65_HS1-834228961_62-HQ-83894_Section_5
Agency: FBI
Page 170
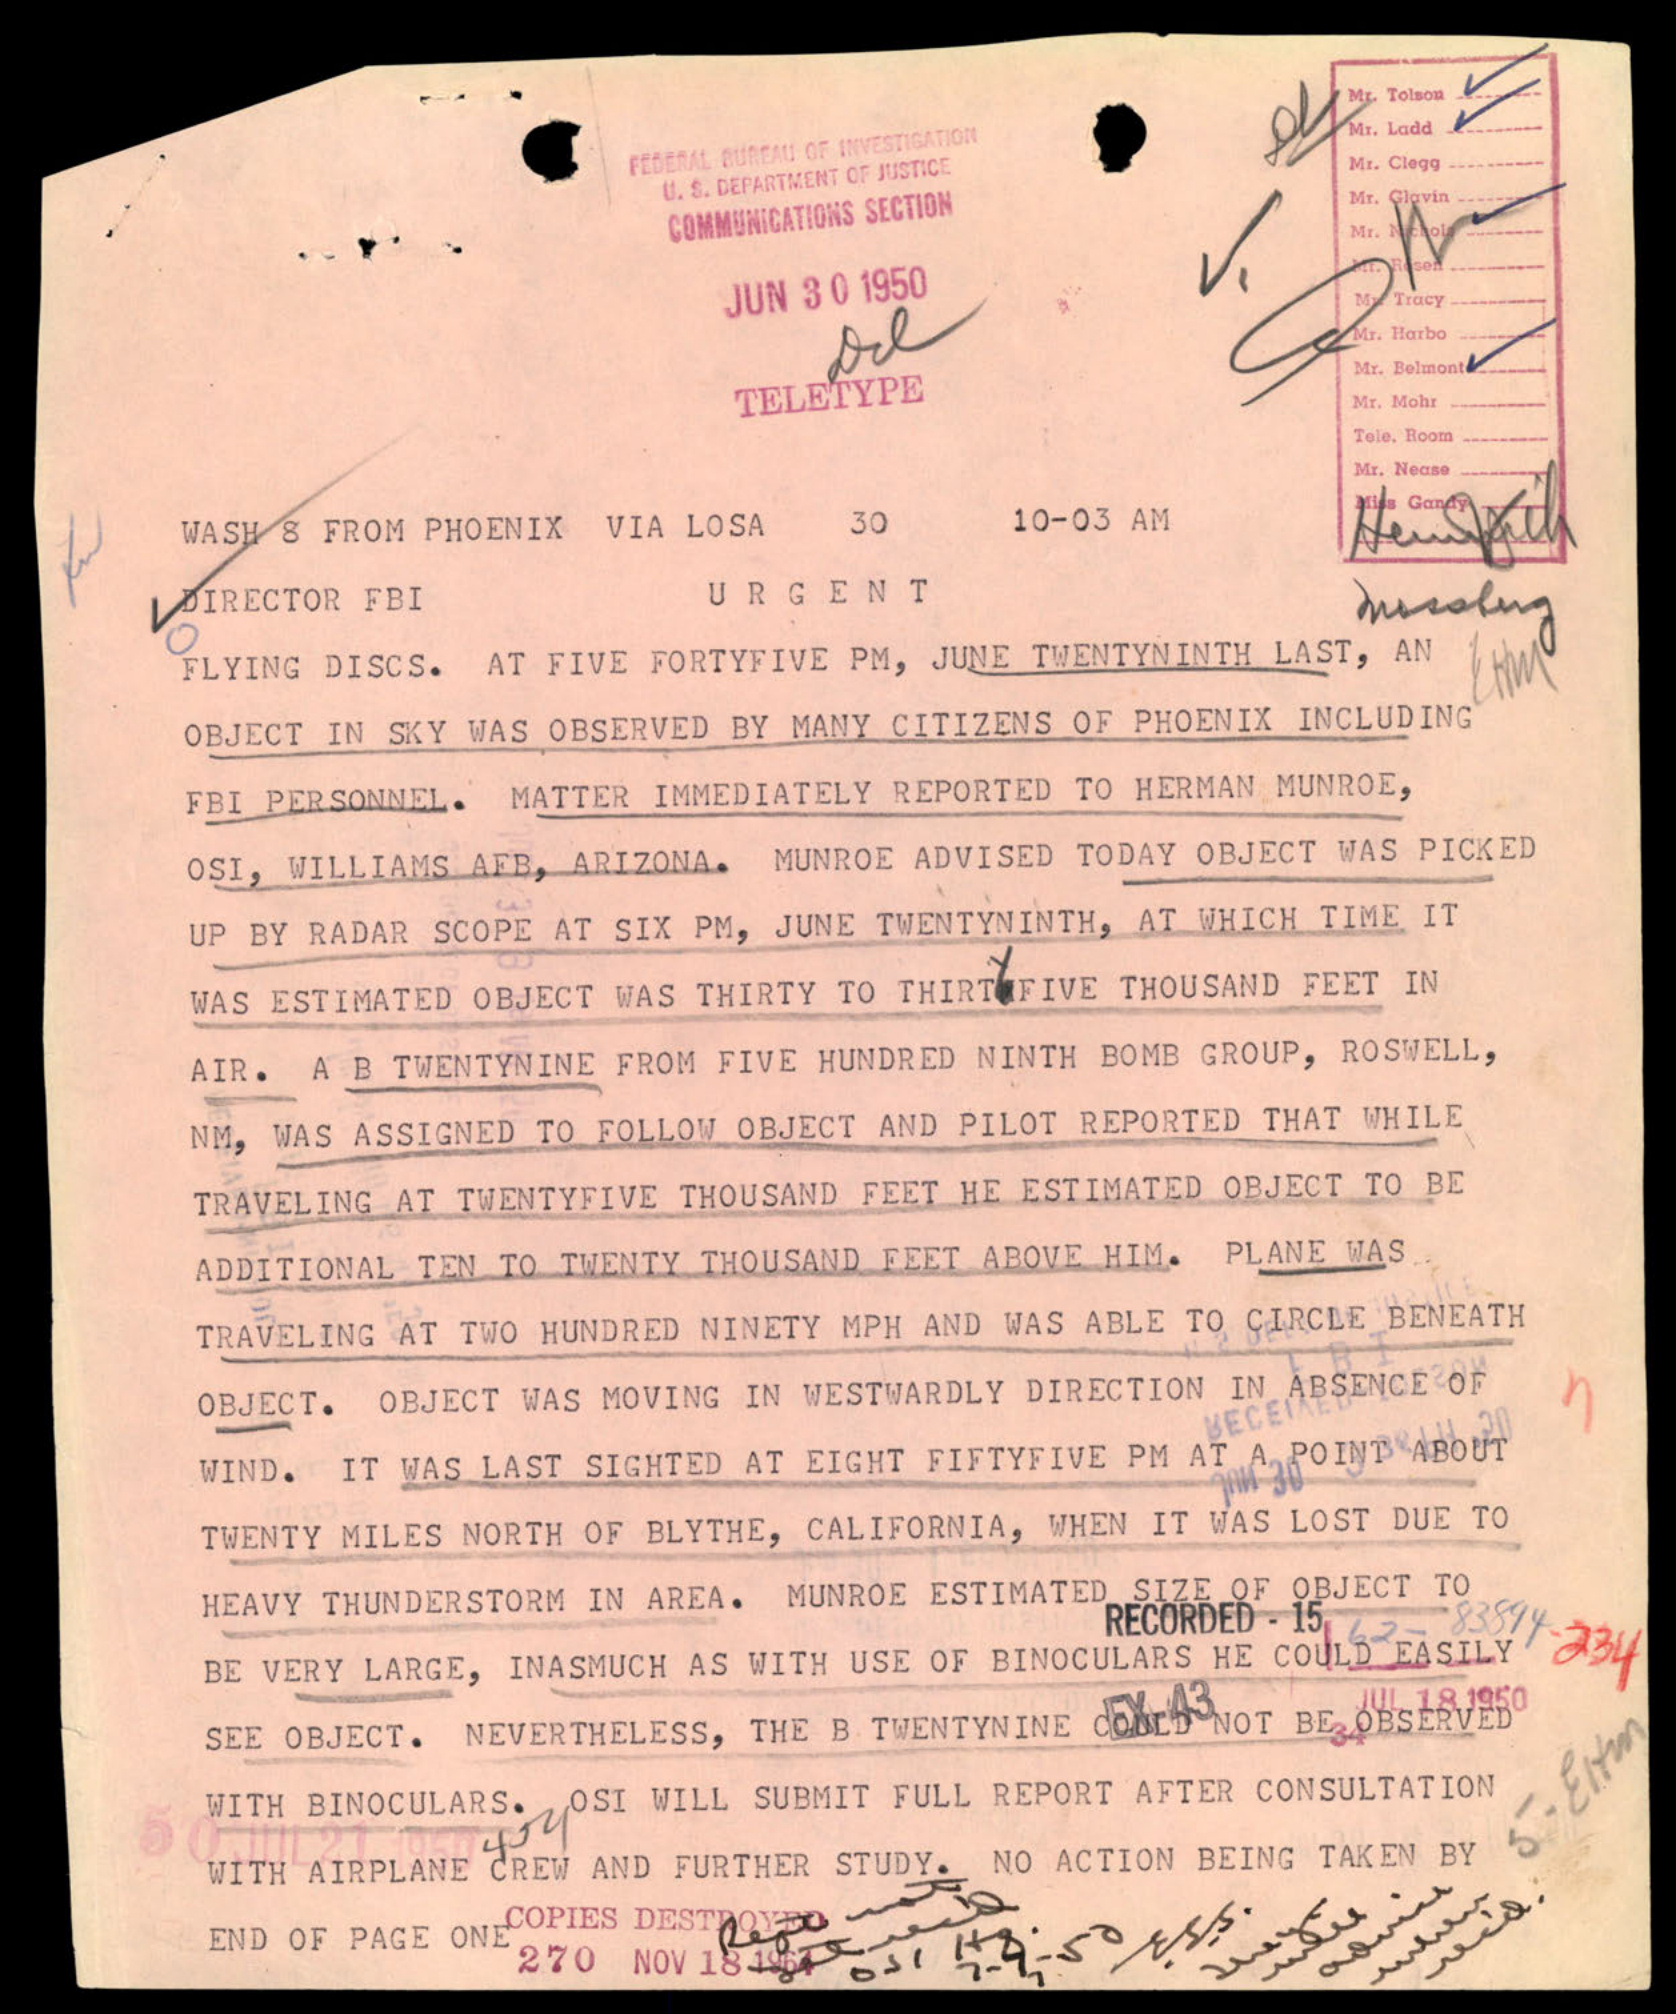